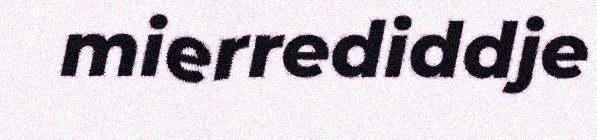
mierrediddje